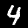
Digit: 4